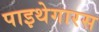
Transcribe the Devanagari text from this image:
पाइथेगारस